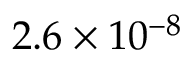
2 . 6 \times 1 0 ^ { - 8 }